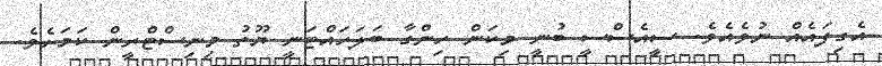
އެގިފައެއް ނުވެއެވެ. ސީއެސްސީ ބުނީ މިކަން ހިންގާ ބަލަހައްޓަނީ ޔޫތު މިނިސްޓްރީން ކަމަށެވެ.